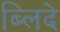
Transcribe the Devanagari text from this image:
ब्लिदे